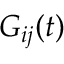
G _ { i j } ( t )